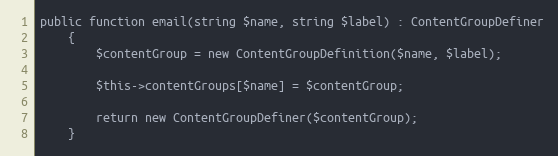
Language: PHP
public function email(string $name, string $label) : ContentGroupDefiner
    {
        $contentGroup = new ContentGroupDefinition($name, $label);

        $this->contentGroups[$name] = $contentGroup;

        return new ContentGroupDefiner($contentGroup);
    }